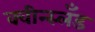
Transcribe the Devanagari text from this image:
क्वीन्स्लँड